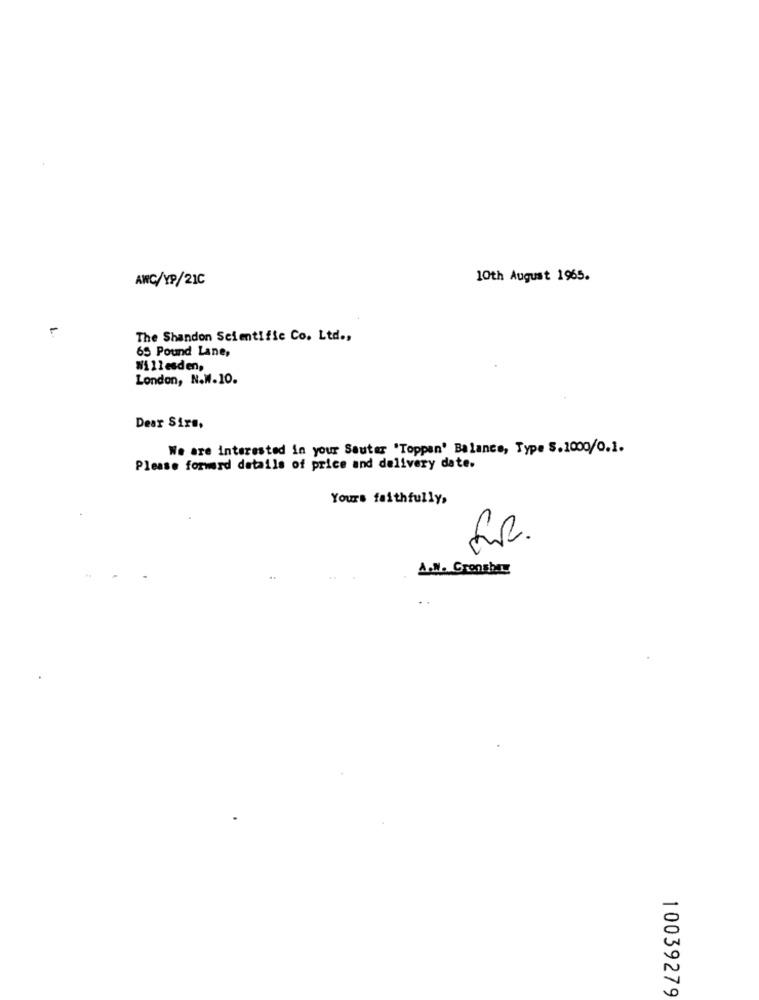
AWC/YP/21C
10th August 1965.
The Shandon Scientific Co. Ltd .,
65 Pound Lane,
Willesden,
London, N.W.10.
Dear Sirs,
We are interested in your Sauter 'Toppen' Balance, Type S.1000/0.1.
Please forward details of price and delivery date.
Yours faithfully,
A.M. Grenshar
10039279